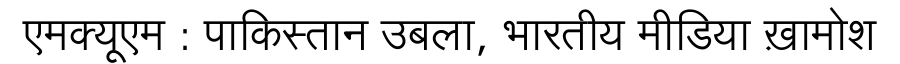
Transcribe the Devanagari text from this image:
एमक्यूएम : पाकिस्तान उबला, भारतीय मीडिया ख़ामोश